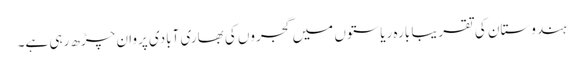
ہندوستان کی تقریبا بارہ ریاستوں میں گجروں کی بھاری آبادی پروان چڑھ رہی ہے۔